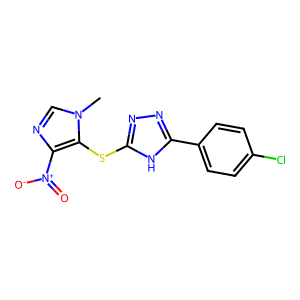
SMILES: Cn1cnc([N+](=O)[O-])c1Sc1nnc(-c2ccc(Cl)cc2)[nH]1
Inhibits HIV replication: No